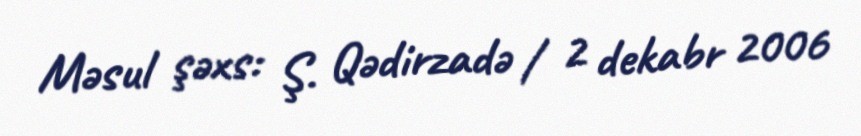
Məsul şəxs: Ş. Qədirzadə / 2 dekabr 2006